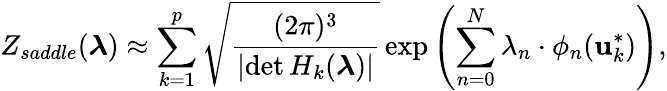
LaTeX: Z_{saddle}(\boldsymbol{\lambda})\approx\sum_{k=1}^{p}\sqrt{\frac{(2\pi)^{3}}{\left|\operatorname*{det}H_{k}(\boldsymbol{\lambda})\right|}}\exp{\left(\sum_{n=0}^{N}\lambda_{n}\cdot\phi_{n}(\mathbf{u}_{k}^{*})\right)},